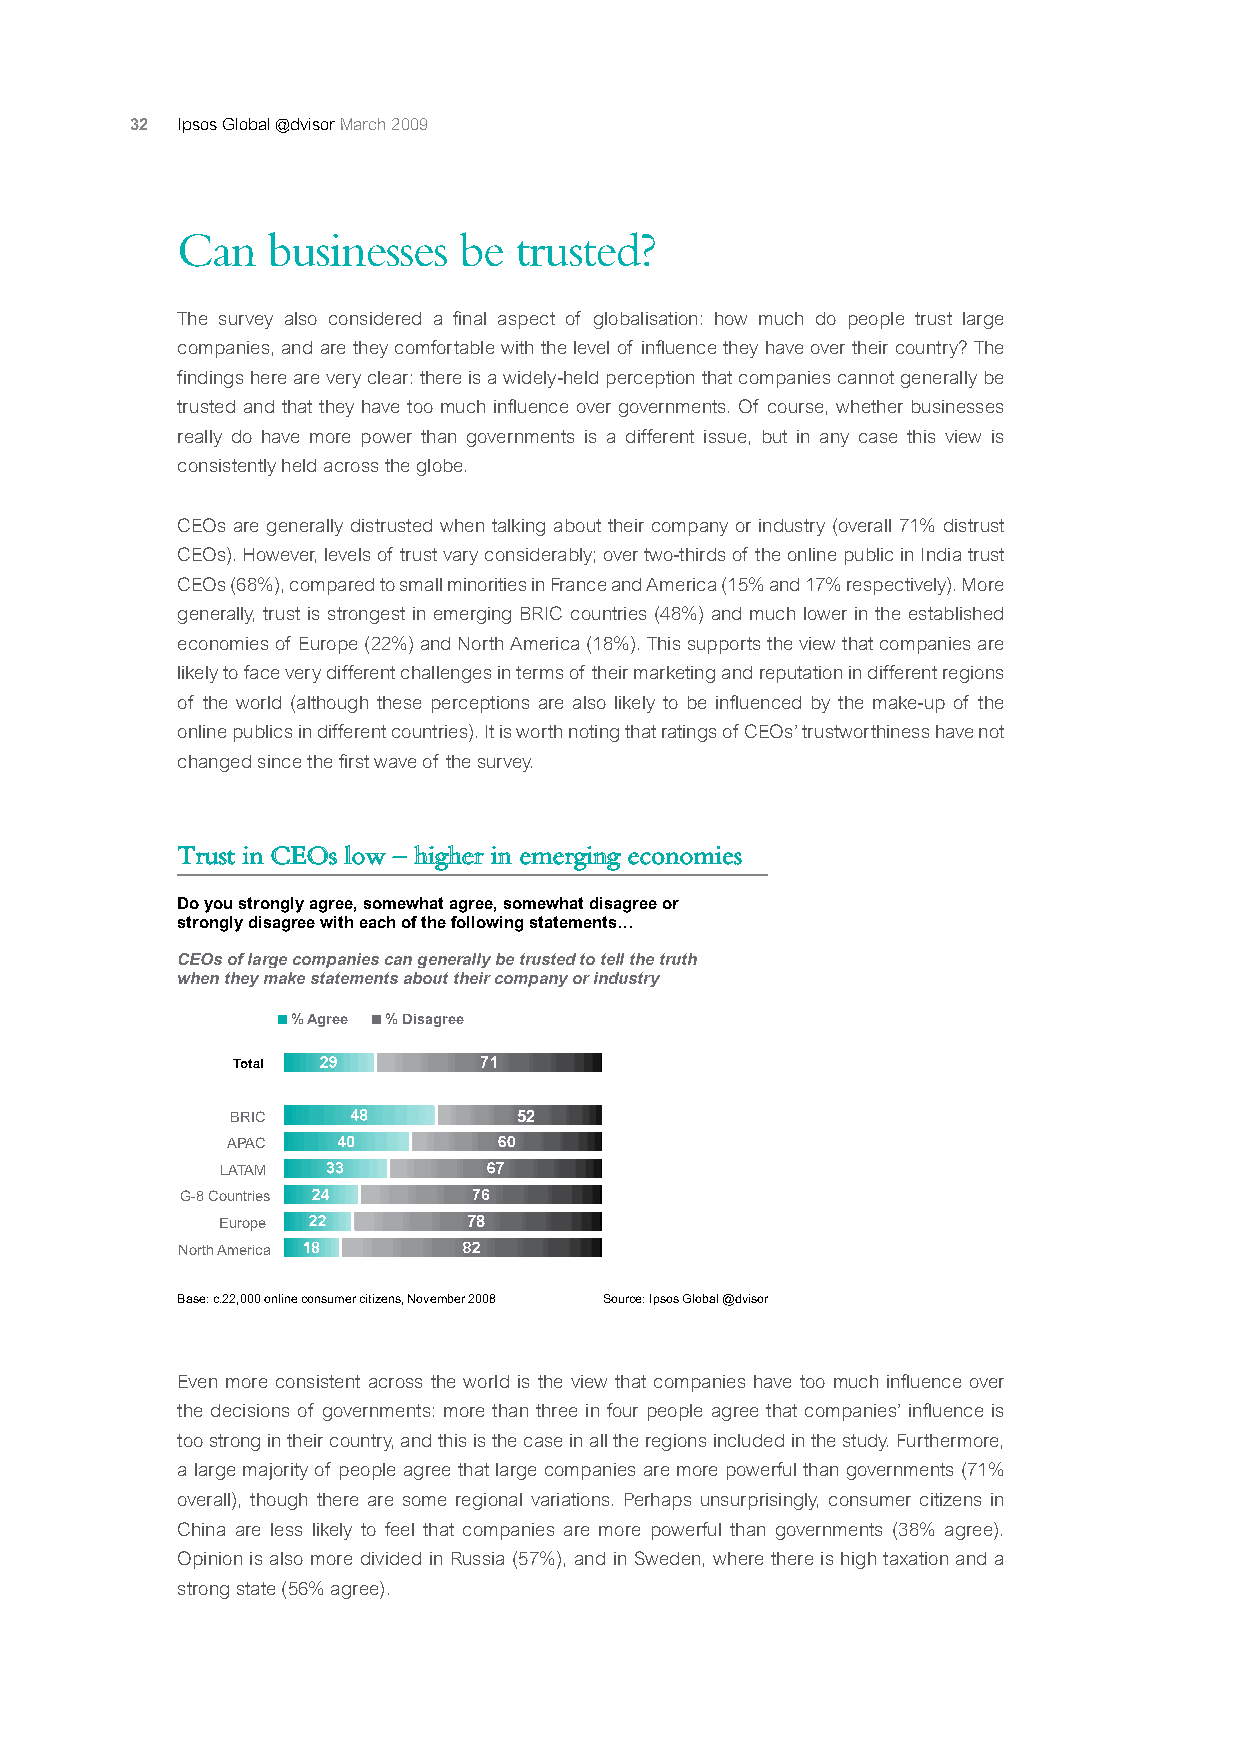
32 Ipsos Global @dvisor March 2009
 Can   businesses  be  trusted?
 The survey also considered a final aspect of globalisation: how much do people trust large
 companies, and are they comfortable with the level of influence they have over their country? The
 findings here are very clear: there is a widely-held perception that companies cannot generally be
 trusted and that they have too much influence over governments. Of course, whether businesses
 really do have more power than governments is a different issue, but in any case this view is
 consistently held across the globe.
 CEOs are generally distrusted when talking about their company or industry (overall 71% distrust
 CEOs). However, levels of trust vary considerably; over two-thirds of the online public in India trust
 CEOs (68%), compared to small minorities in France and America (15% and 17% respectively). More
 generally, trust is strongest in emerging BRIC countries (48%) and much lower in the established
 economies of Europe (22%) and North America (18%). This supports the view that companies are
 likely to face very different challenges in terms of their marketing and reputation in different regions
 of the world (although these perceptions are also likely to be influenced by the make-up of the
 online publics in different countries). It is worth noting that ratings of CEOs’ trustworthiness have not
 changed since the first wave of the survey.
 Trust in CEOs low – higher in emerging economies
 Do you strongly agree, somewhat agree, somewhat disagree or
 strongly disagree with each of the following statements…
 CEOs of large companies can generally be trusted to tell the truth
 when they make statements about their company or industry
 % Agree % Disagre e
 Total
 BRIC               52
 APAC
 LATAM
 G-8 Countries
 Europe          78
 North America
 Base: c.22,000 online consumer citizens, November 2008 Source: Ipsos Global @dvisor
 Even more consistent across the world is the view that companies have too much influence over
 the decisions of governments: more than three in four people agree that companies’ influence is
 too strong in their country, and this is the case in all the regions included in the study. Furthermore,
 a large majority of people agree that large companies are more powerful than governments (71%
 overall), though there are some regional variations. Perhaps unsurprisingly, consumer citizens in
 China are less likely to feel that companies are more powerful than governments (38% agree).
 Opinion is also more divided in Russia (57%), and in Sweden, where there is high taxation and a
 strong state (56% agree).